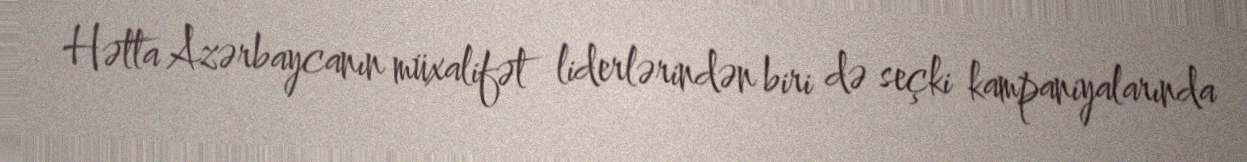
Hətta Azərbaycanın müxalifət liderlərindən biri də seçki kampaniyalarında